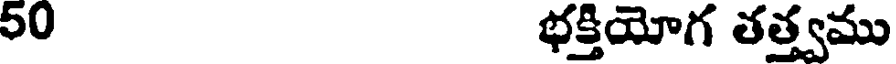
50 భక్తియోగ తత్త్వము